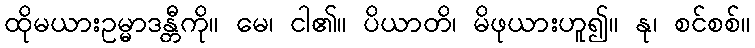
ထိုမယားဥမ္မာဒန္တီကို။ မေ၊ ငါ၏။ ပိယာတိ၊ မိဖုယားဟူ၍။ နု၊ စင်စစ်။